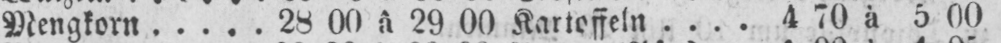
Mengkorn 28 00 à 29 00 Kartoffeln. 4 70 à 5 00